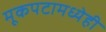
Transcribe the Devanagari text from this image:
मूकपटामध्येही